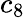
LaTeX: c_{8}